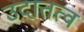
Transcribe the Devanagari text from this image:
उदात्तत्व